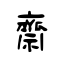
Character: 齋